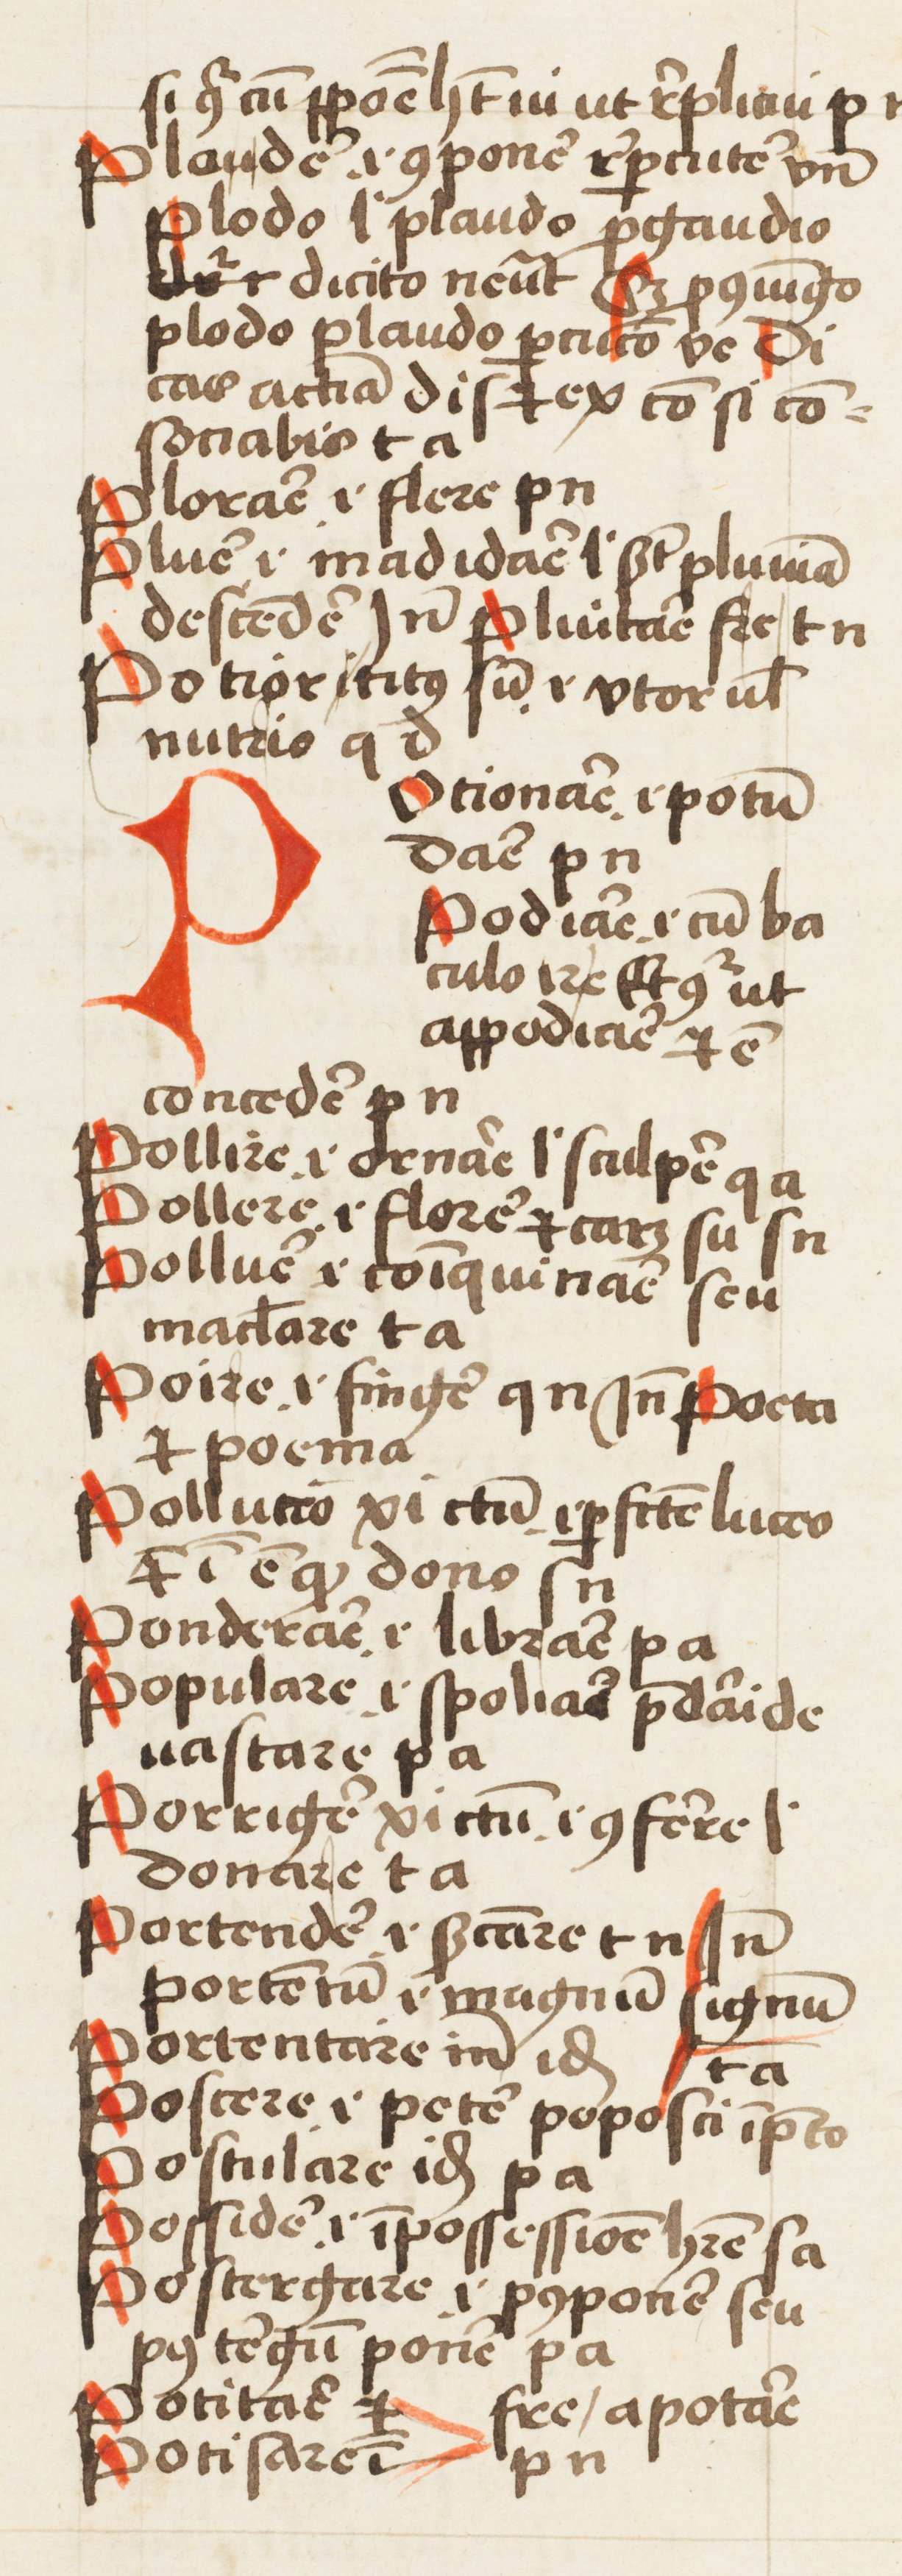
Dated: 1452–1452